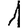
Digit: 1